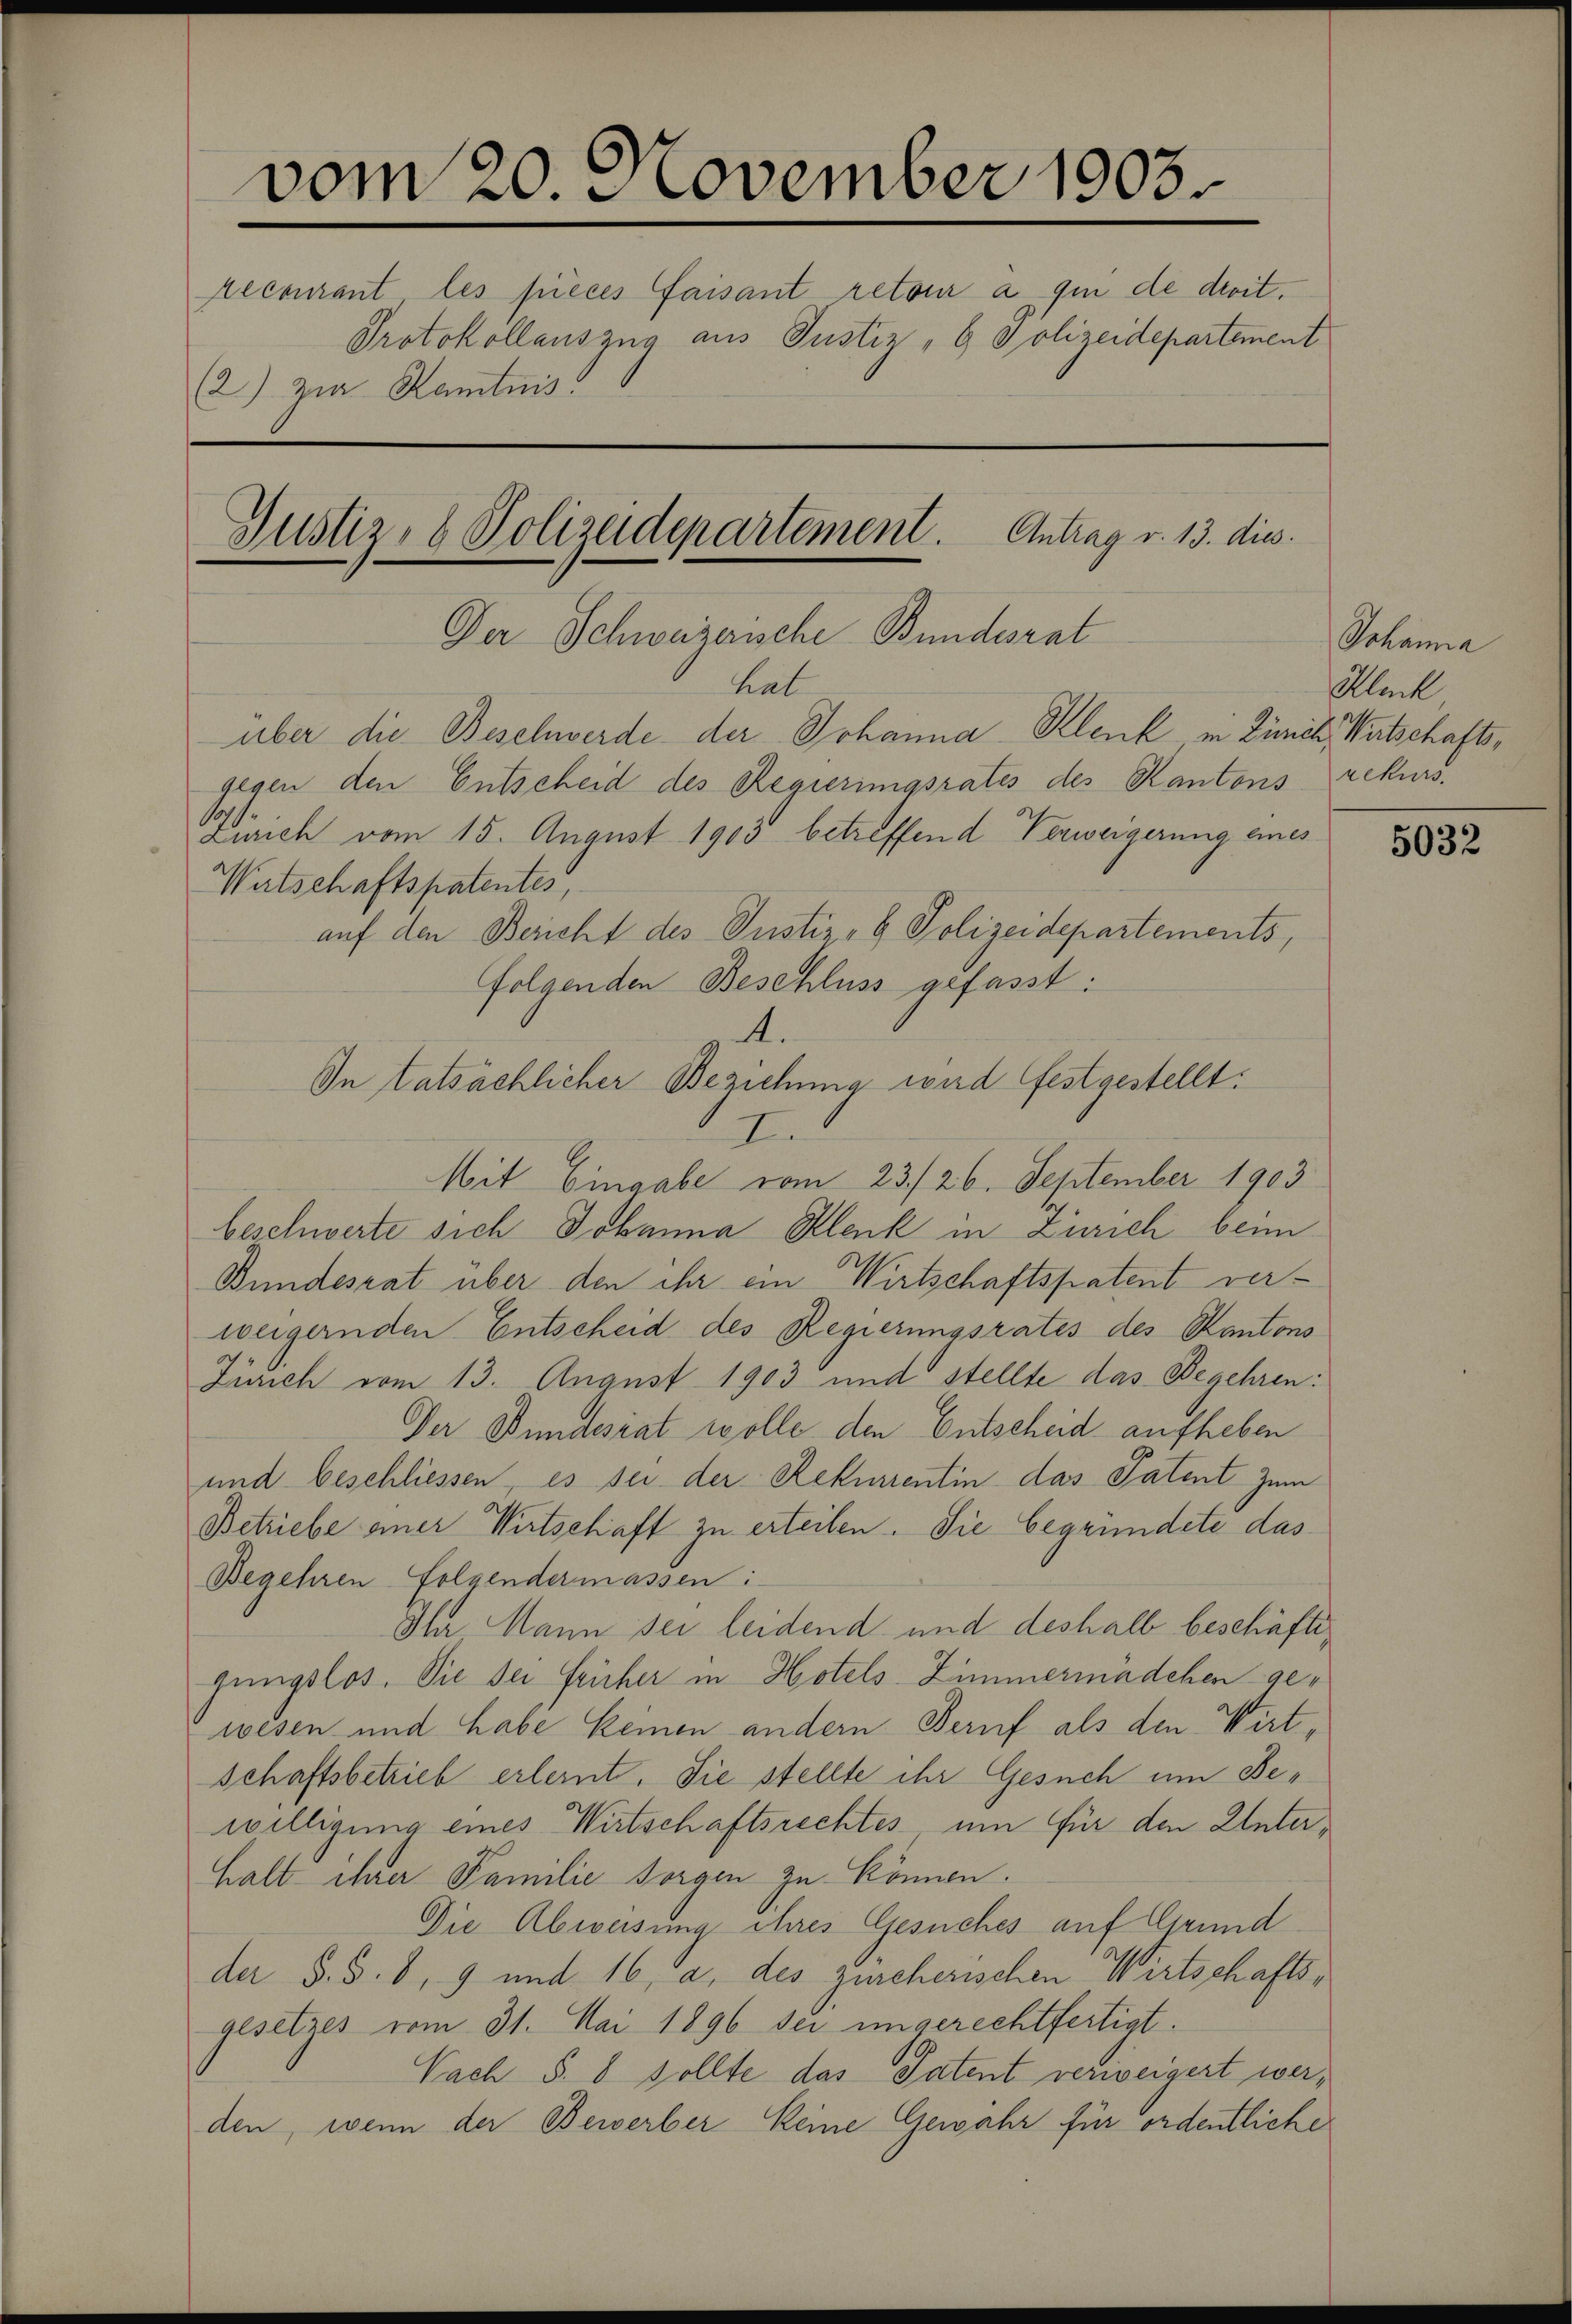
vom 20. November 1903
recourant les pieces faisant retour a qui de droit.
Protokollauszug aus Justiz- & Polizeidepartement
2) zur Kamtnis.
Justiz- & Polizeidepartement. Antrag v. 13. dies
Der Schweizerische Bundesrat

gegen den Entscheid des Regierungsrates des Kantons rekurs¬
Zürich vom 15. August 1903 betreffend Verweigerung eines
Watschaftspatentes,
auf den Bericht des Justiz- & Polizeidepartements,
folgenden Beschluss gefasst:
4.
In tatsächlicher Beziehung wird festgestellt.
I
Mit Eingabe vom 23./26. September 1903
beschwerte sich Johanna Klenk in Zürich beim
Bundesrat über den ihr ein Wirtschaftspatent verweigernden Entscheid des Regierungsrates des Kantons
Zürich vom 13. August 1903 und stellte das Begehren:
Der Bundesrat wolle den Entscheid aufheben
und beschliessen, es sei der Rekurrentin das Patent zum
Betriebe einer Wirtschaft zu erteilen. Sie begründete das
Begehren Folgendermassen:
Ihr Mann sei leidend und deshalb beschäftigungslos. Sie der früher in Hotels Zimmermädchen gewesen und habe keinen andern Beruf als den Wirtschaftsbetrieb erlernt. Sie stellte ihr Gesuch um Bewilligung eines Wirtschaftsrechtes, um für den Unterhalt ihrer Familie sorgen zu können.
Die Abweisung ihres Gesuches auf Grund
der S. S. 8, 9 und 16, a. des zürcherischen Wirtschaftsgesetzes vom 31. Mai 1896 sei ungerechtfertigt.
Nach §. 8 sollte das Patent verweigert werden, wenn der Bewerber keine Gewähr für ordentliche

hab
über die Beschwerde der Johanna Klenk in Zürich Watschafts¬

Johanna
Kluck

5032